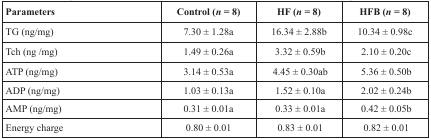
<table><thead><tr><td><b>Parameters</b></td><td><b>Control (<i>n</i> = 8)</b></td><td><b>HF (<i>n</i> = 8)</b></td><td><b>HFB (<i>n</i> = 8)</b></td></tr></thead><tbody><tr><td>TG (ng/mg)</td><td>7.30 ± 1.28a</td><td>16.34 ± 2.88b</td><td>10.34 ± 0.98c</td></tr><tr><td>Tch (ng/mg)</td><td>1.49 ± 0.26a</td><td>3.32 ± 0.59b</td><td>2.10 ± 0.20c</td></tr><tr><td>ATP (ng/mg)</td><td>3.14 ± 0.53a</td><td>4.45 ± 0.30ab</td><td>5.36 ± 0.50b</td></tr><tr><td>ADP (ng/mg)</td><td>1.03 ± 0.13a</td><td>1.52 ± 0.10a</td><td>2.02 ± 0.24b</td></tr><tr><td>AMP (ng/mg)</td><td>0.31 ± 0.01a</td><td>0.33 ± 0.01a</td><td>0.42 ± 0.05b</td></tr><tr><td>Energy charge</td><td>0.80 ± 0.01</td><td>0.83 ± 0.01</td><td>0.82 ± 0.01</td></tr></tbody></table>